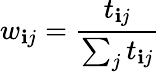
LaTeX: w_{\mathbf{i}j}=\frac{{t_{\mathbf{i}j}}}{{\sum_{j}t_{\mathbf{i}j}}}